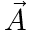
\vec { A }